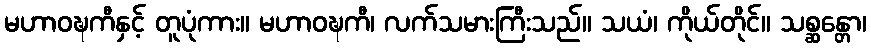
မဟာဝဍ္ဎကီနှင့် တူပုံကား။ မဟာဝဍ္ဎကီ၊ လက်သမားကြီးသည်။ သယံ၊ ကိုယ်တိုင်။ သစ္ဆန္တော၊